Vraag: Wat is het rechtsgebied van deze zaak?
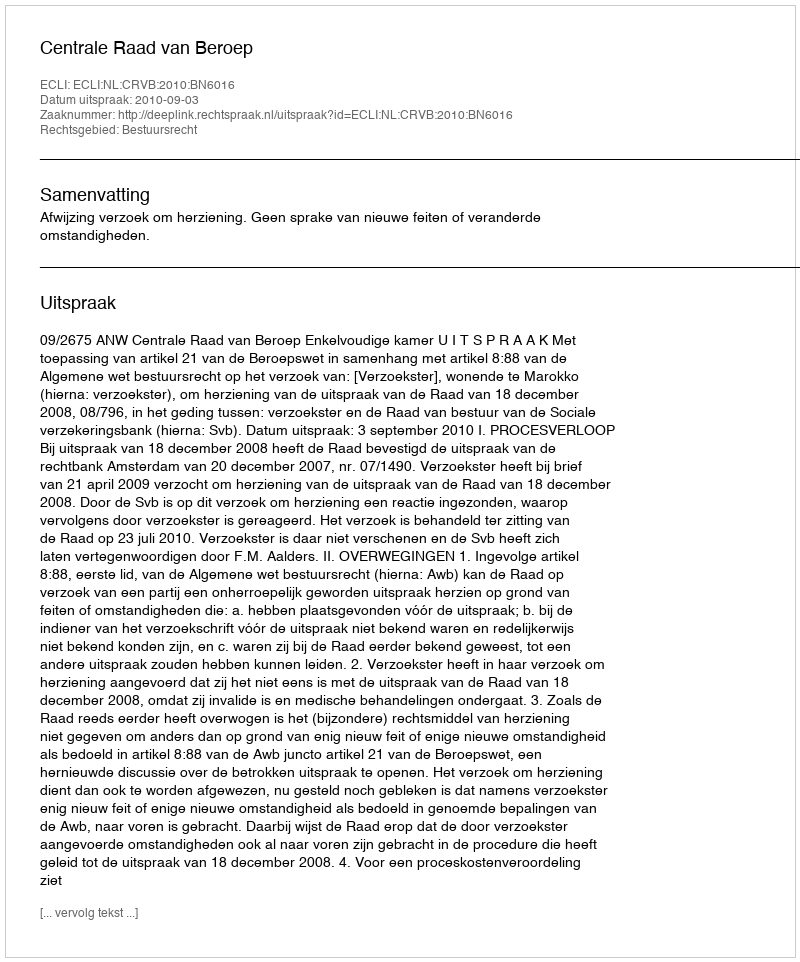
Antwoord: Bestuursrecht